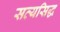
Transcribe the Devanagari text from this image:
सत्यसिद्ध